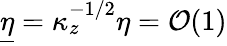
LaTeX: \underline{{\eta}}=\kappa_{z}^{-1/2}\eta=\mathcal{O}(1)